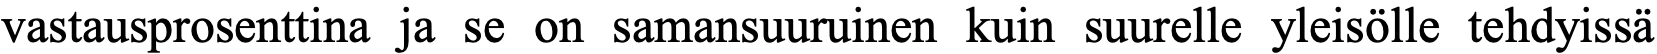
vastausprosenttina ja se on samansuuruinen kuin suurelle yleisölle tehdyissä